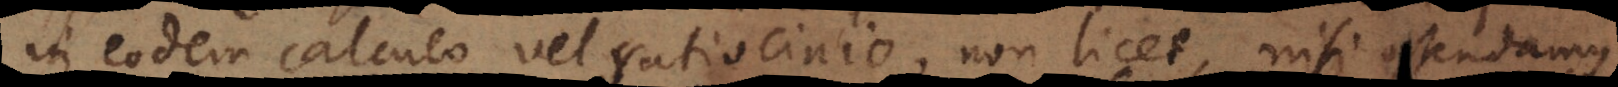
in eodem calculo vel ratiocinio, non licet, nisi ostendamus